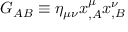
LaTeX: G _ { A B } \equiv \eta _ { \mu \nu } x _ { , A } ^ { \mu } x _ { , B } ^ { \nu }